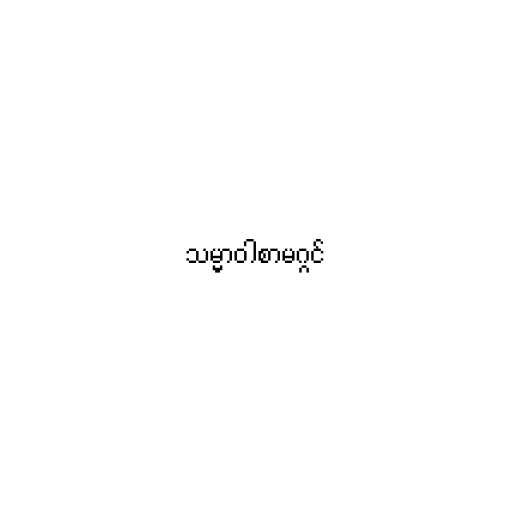
သမ္မာဝါစာမဂ္ဂင်